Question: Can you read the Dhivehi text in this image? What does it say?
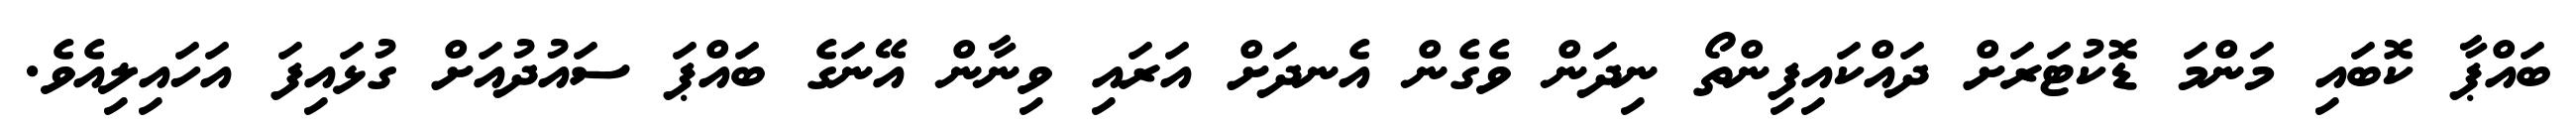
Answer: ބައްޕާ ކޮބައި މަންމަ ޑޮކުޓަރަށް ދައްކައިފިންތޯ ނިދަން ވެގެން އެނދަށް އަރައި ވިނާން އޭނަގެ ބައްޕަ ސައުދުއަށް ގުޅައިފަ އަހައިލިއެވެ.